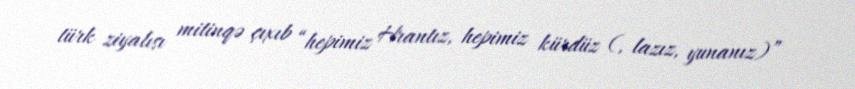
türk ziyalısı mitinqə çıxıb “hepimiz Hrantız, hepimiz kürdüz (, lazız, yunanız)”